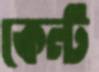
কেন্ট